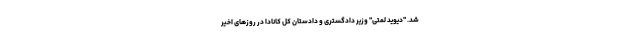
شد. "دیوید لمتی" وزیر دادگستری و دادستان کل کانادا در روزهای اخیر